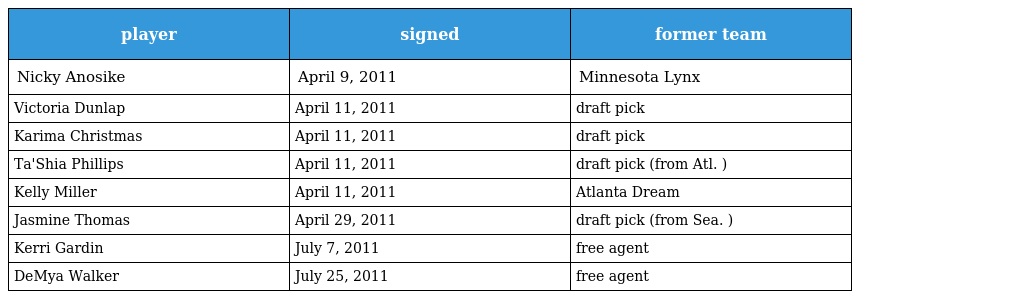
| player | signed | former team |
 | --- | --- | --- |
 | Nicky Anosike | April 9, 2011 | Minnesota Lynx |
 | Victoria Dunlap | April 11, 2011 | draft pick |
 | Karima Christmas | April 11, 2011 | draft pick |
 | Ta'Shia Phillips | April 11, 2011 | draft pick (from Atl. ) |
 | Kelly Miller | April 11, 2011 | Atlanta Dream |
 | Jasmine Thomas | April 29, 2011 | draft pick (from Sea. ) |
 | Kerri Gardin | July 7, 2011 | free agent |
 | DeMya Walker | July 25, 2011 | free agent |